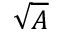
\sqrt { A }